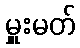
မှူးမတ်